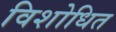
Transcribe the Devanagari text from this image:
विशोधित